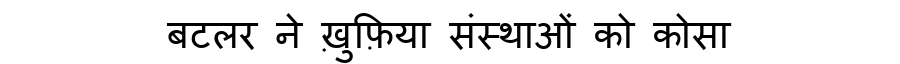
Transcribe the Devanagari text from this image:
बटलर ने ख़ुफ़िया संस्थाओं को कोसा